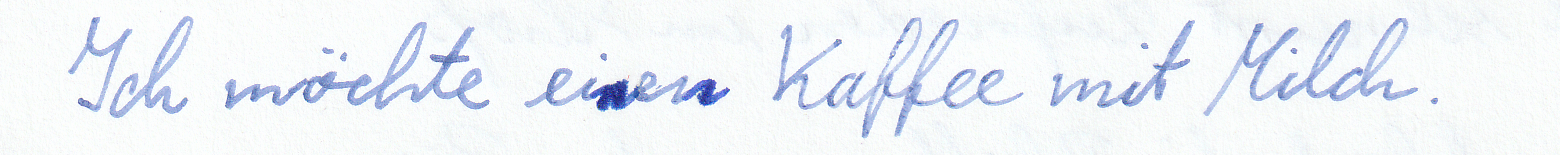
Ich möchte einen Kaffee mit Milch.